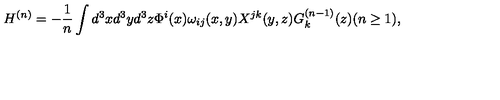
H ^ { ( n ) } = - \frac { 1 } { n } \int d ^ { 3 } x d ^ { 3 } y d ^ { 3 } z \Phi ^ { i } ( x ) \omega _ { i j } ( x , y ) X ^ { j k } ( y , z ) G _ { k } ^ { ( n - 1 ) } ( z ) ( n \geq 1 ) ,